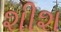
શીશ